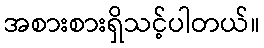
အစားစားရှိသင့်ပါတယ်။